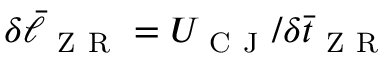
\delta \Bar { \ell } _ { \mathrm { ~ Z ~ R ~ } } = U _ { \mathrm { ~ C ~ J ~ } } / \delta \Bar { t } _ { \mathrm { ~ Z ~ R ~ } }